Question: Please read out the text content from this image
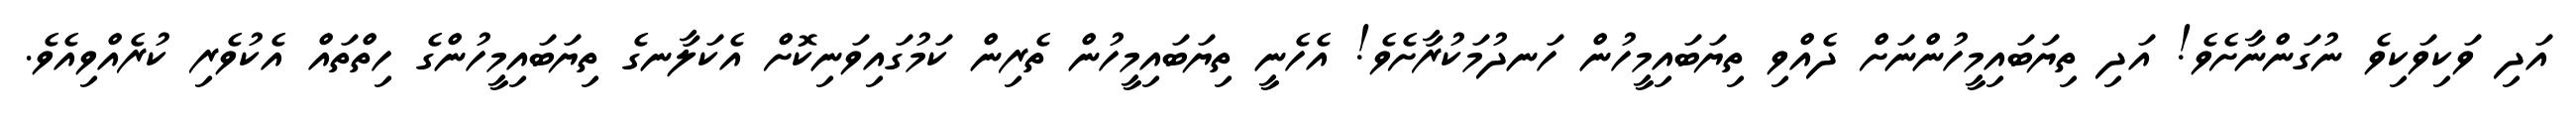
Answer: އަދި ވަކިވަކިވެ ނުގަންނާށެވެ! އަދި ތިޔަބައިމީހުންނަށް ދެއްވި ތިޔަބައިމީހުން ހަނދުމަކުރާށެވެ! އެހެނީ ތިޔަބައިމީހުން ތެރިން ކަމުގައިވަނިކޮށް އެކަލާނގެ ތިޔަބައިމީހުންގެ ހިތްތައް އެކުވެރި ކުރެއްވިއެވެ.